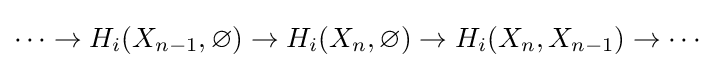
\cdots \to {H_{i}}(X_{n-1},\varnothing )\to {H_{i}}(X_{n},\varnothing )\to {H_{i}}(X_{n},X_{n-1})\to \cdots